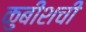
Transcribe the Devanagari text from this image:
कुबीशची